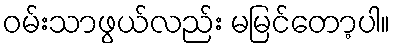
ဝမ်းသာဖွယ်လည်း မမြင်တော့ပါ။